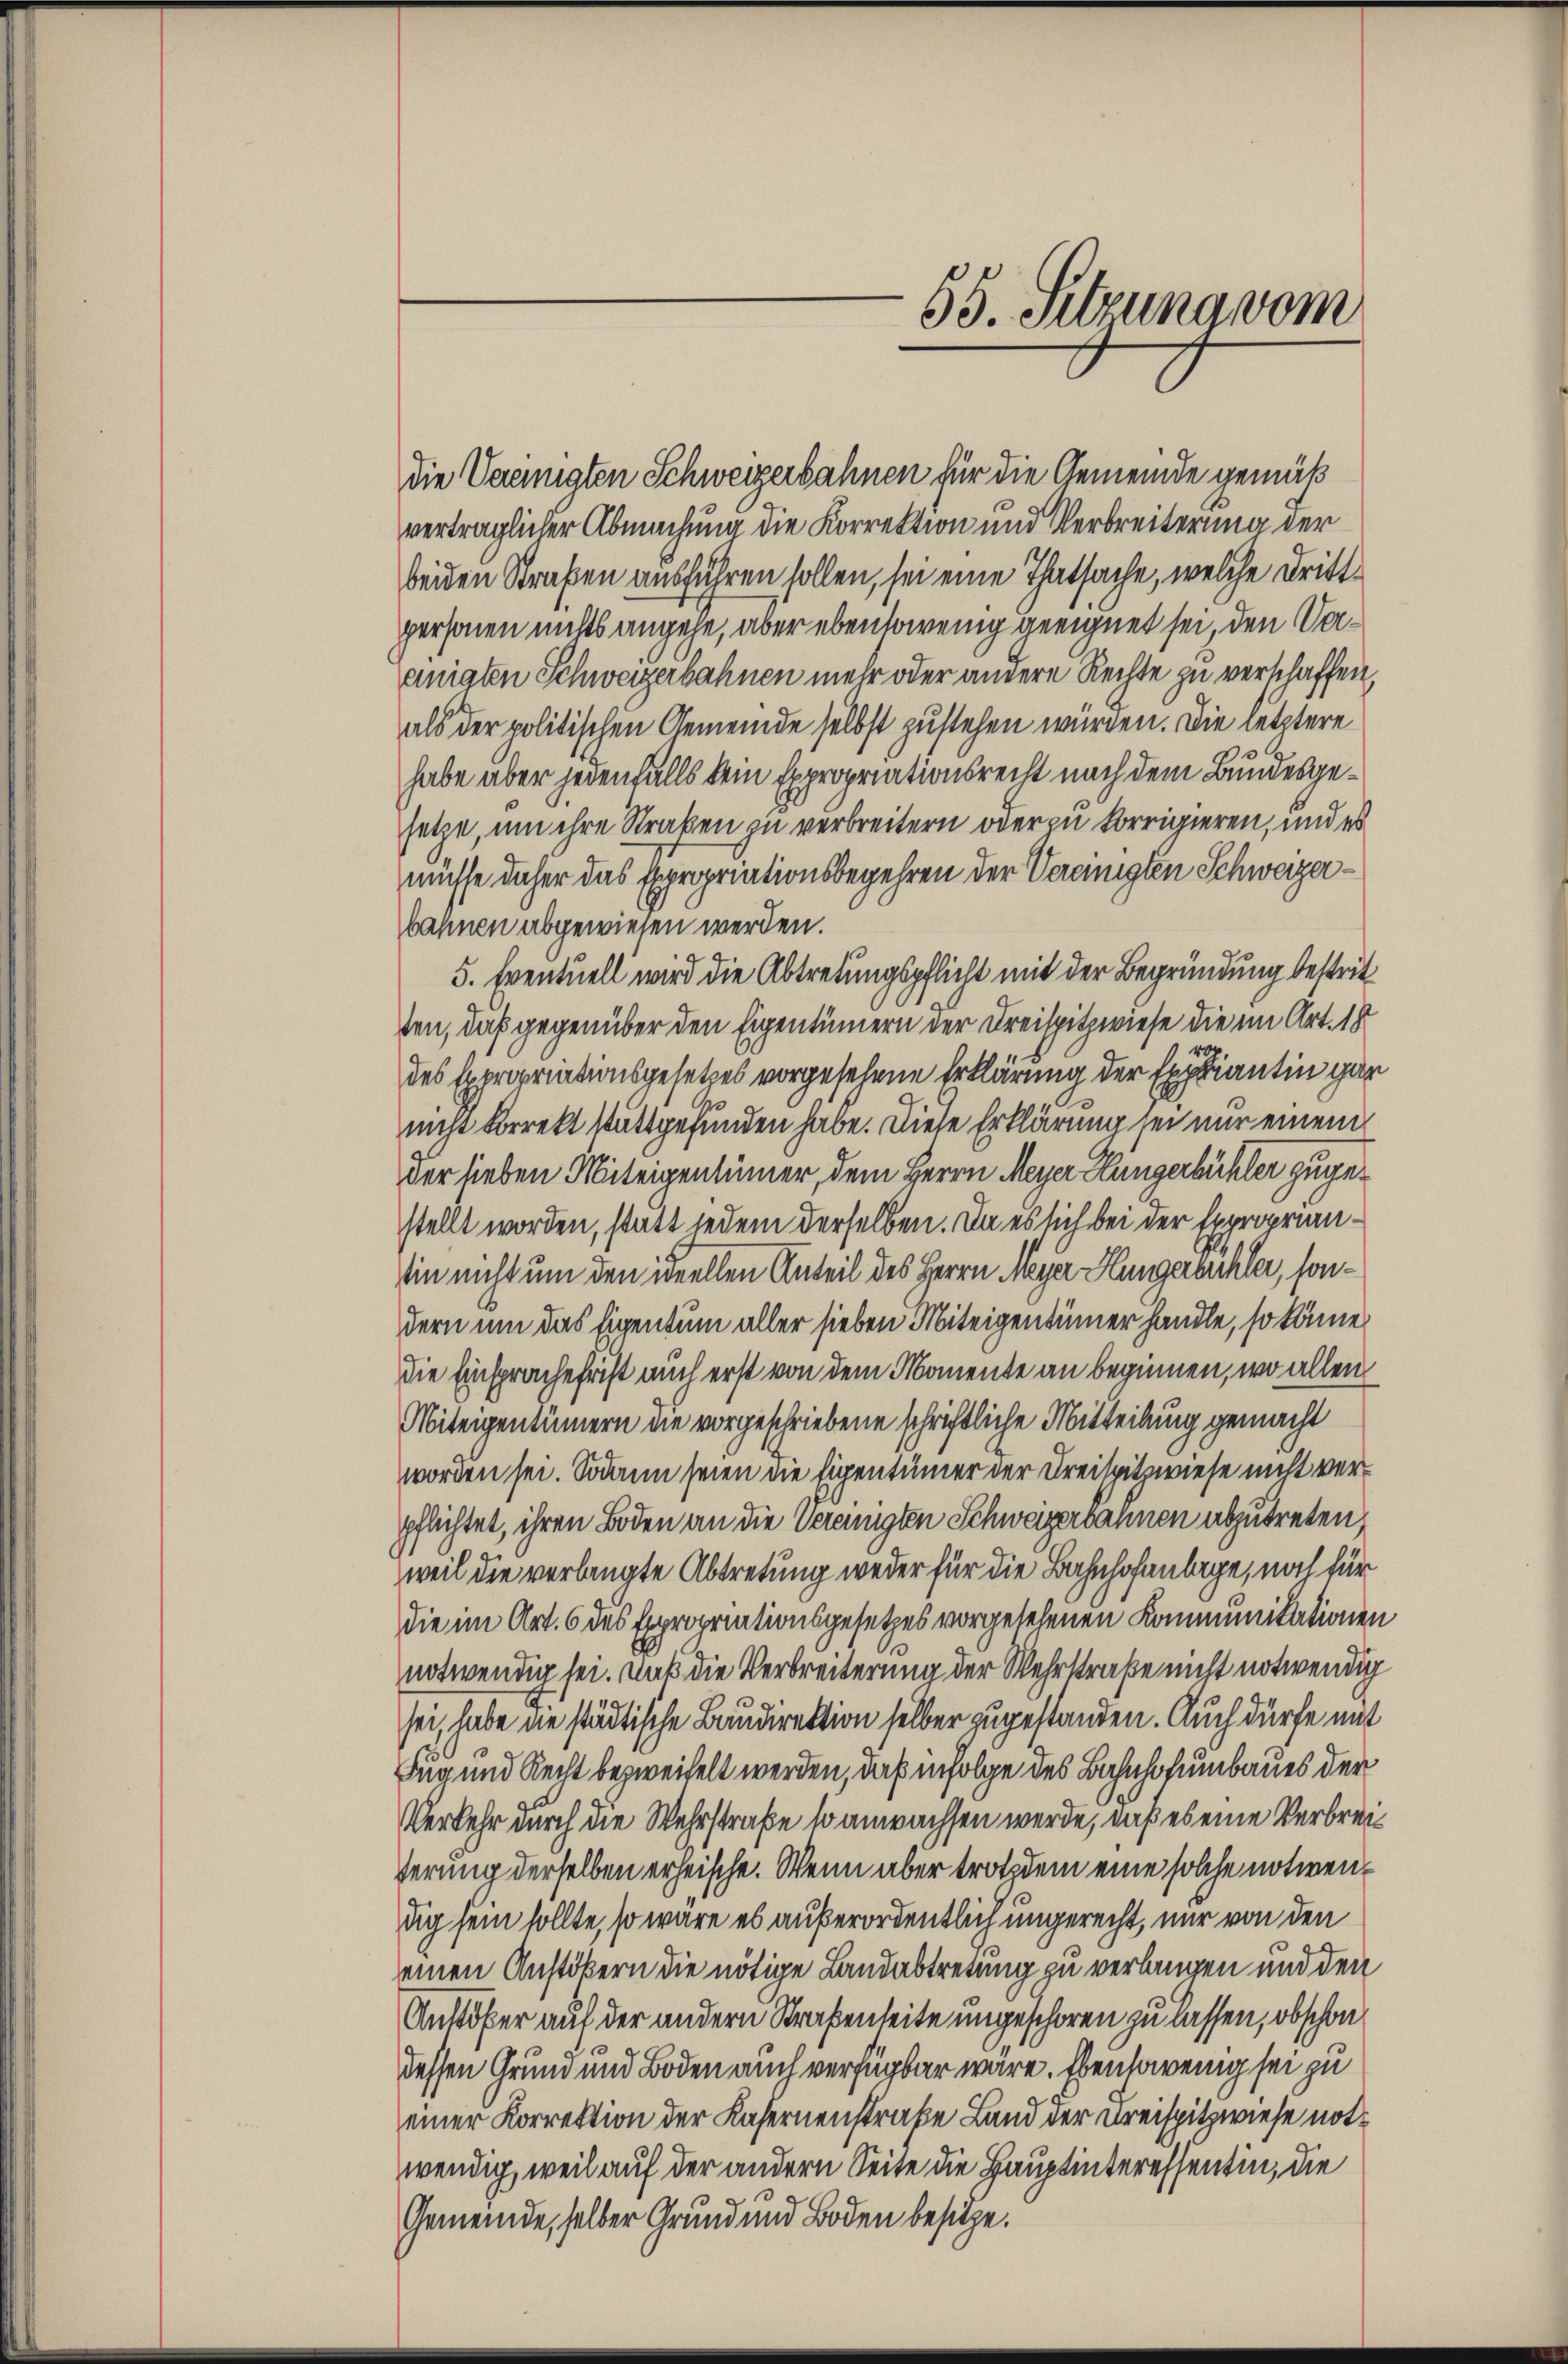
verträglicher Abmachung die Korrektion und Verbreiterung der
beiden Straßen ausführen sollen, sei eine Thatsache, welche Drittpersonen nichts angehe, aber ebensowenig geeignet sei, den Vereinigten Schweizerbahnen mehr oder andere Rechte zu verschaffen,
als der politischen Gemeinde selbst zustehen würden. Die letztere
habe aber jedenfalls kein Expropriationsrecht nach dem Bundesgesetze, um ihre Straßen zu verbreitern oder zu korrigieren, und es
müsse daher das Expropriationsbegehren der Vereinigten Schweizerbahnen abgewiesen werden.
5. Eventuell wird die Abtretungspflicht mit der Begründung bestrit
ten, daß gegenüber den Eigentümern der Dreispitzwiese die im Art. 18
des Expropriationsgesetzes vorgesehene Erklärung der Excentin gar
nicht korrekt stattgefunden habe. Diese Erklärung sei nur einem
der sieben Miteigentümer, dem Herrn Meyer Hungerbüchler zugestellt worden, statt jedem derselben. Da es sich bei der Exproprian¬
Ein nicht um den ideellen Anteil des Herrn Meyer Hungereichler, sondern um das Eigentum aller sieben Miteigentümer handle, so könne
die Einsprache frist auch erst von dem Momente an beginnen, wo allen
Miteigentümern die vorgeschriebene schriftliche Mitteilung gemacht
worden sei. Sodann seien die Eigentümer der Kreispitzwiese nicht verpflichtet, ihren Boden an die Vereinigten Schweizerbannen abzutreten,
weil die verlangte Abtretung weder für die Bahnhofanlage, noch für
die im Art. 6 des Expropriationsgesetzes vorgesehenen Kommunikationen
notwendig sei. Daß die Verbreiterung der Wehrstraße nicht notwendig
sei, habe ne städtische Baudirektion selber zugestanden. Auch dürfe mit
Fug und Recht bezweifelt werden, daß infolge des Bahnhofumbaues der
Verkehr durch die Wehrstraße so anwachsen werde, daß es eine Verbreiderung derselben erheische. Wenn aber trotzdem eine solche notwendig sein sollte, so wäre es außerordentlich ungerecht, mir von den
einen Anstößern die nötige Landabtretung zu verlangen und den
Anstöber auf der andern Straßenseite ungeschoren zu lassen, obschon
dessen Grund und Boden auch verfügbar wäre. Ebensowenig sei zu
einer Korrektion der Kasernenstraße Land der Kreispitzwiese notwendig, weil auf der andern Seite die Hauptinteressentin, die
Gemeinde, selber Grund und Boden besitze.

die Vereinigten Schweizerbahnen für die Gemeinde gemäß

55. Sitzung vom